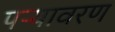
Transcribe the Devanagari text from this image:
पऱ्यावरण